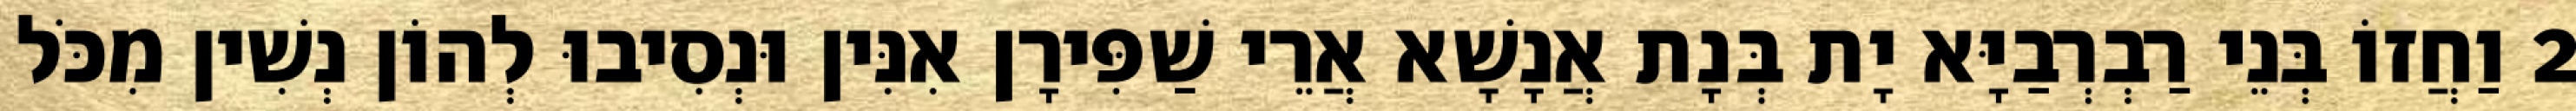
2 וַחֲזוֹ בְּנֵי רַבְרְבַיָּא יָת בְּנָת אֲנָשָׁא אֲרֵי שַׁפִּירָן אִנִּין וּנְסִיבוּ לְהוֹן נְשִׁין מִכֹּל